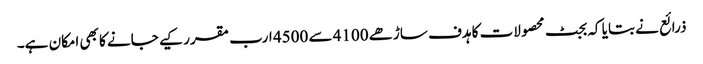
ذرائع نے بتایا کہ بجٹ محصولات کا ہدف ساڑھے 4100 سے 4500 ارب مقرر کیے جانے کا بھی امکان ہے۔